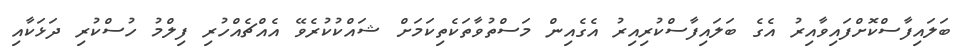
ބަލައިފާސްކޮށްފައިވާއިރު އެގެ ބަލައިފާސްކުރިއިރު އެގެއިން މަސްތުވާތަކެތިކަމަށް ޝައްކުކުރެވޭ އެއްޗެއްހުރި ފިލްމު ހުސްކުރި ދަޅަކާއި